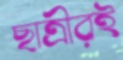
ছাত্রীরই